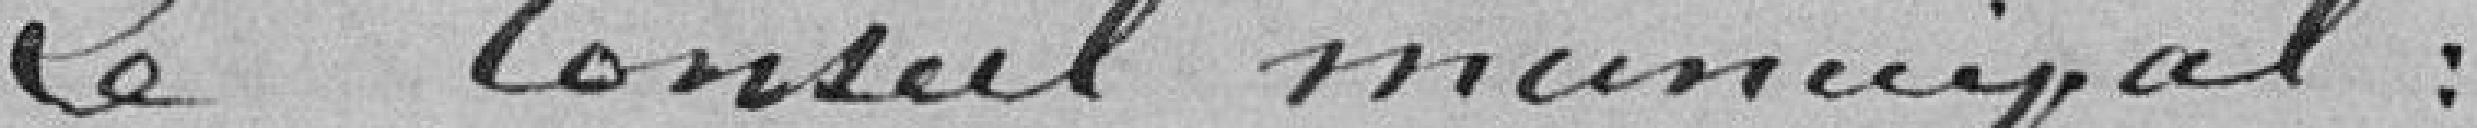
Le Conseil Municipal :